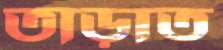
তাড়াত